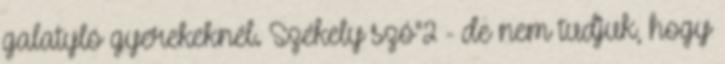
galatyló gyerekeknél. Székely szó"2 - de nem tudjuk, hogy